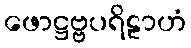
ဖောဋ္ဌဗ္ဗပရိဠာဟံ